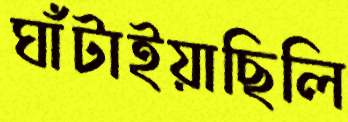
ঘাঁটাইয়াছিলি